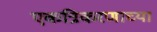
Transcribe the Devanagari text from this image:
एकत्रिकरणाच्या